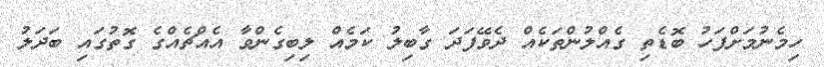
ހިމެނުމަށްފަހު ބޮޑެތި ގެއްލުންތަކެއް ދެވޭފަދަ ގާބިލު ކަމެއް ލިބިގެންވާ އެއްޗެއްގެ ގޮތުގައި ބަދަލު